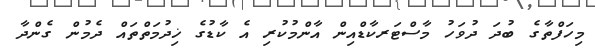
މިހަފްތާގެ ބުދަ ދުވަހު މާސްޓަރކާޑްއިން އާންމުކުރި އެ ކާޑުގެ ޚިދުމަތްތައް ދެމުން ގެންދާ